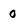
Character: 0